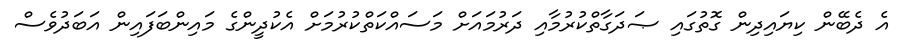
އެ ދެބޭން ކިޔައިދިން ގޮތުގައި ޞަދަގާތްކުރުމާއި ދަރުމައަށް މަސައްކަތްކުރުމަށް އެކުދީންގެ މައިންބަފައިން އަބަދުވެސް